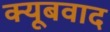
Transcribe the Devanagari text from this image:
क्यूबवाद